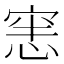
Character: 𭝜